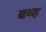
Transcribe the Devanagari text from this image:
ढव्ह